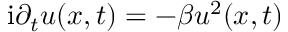
\mathrm { i } \partial _ { t } u ( x , t ) = - \beta u ^ { 2 } ( x , t )